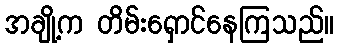
အချို့က တိမ်းရှောင်နေကြသည်။